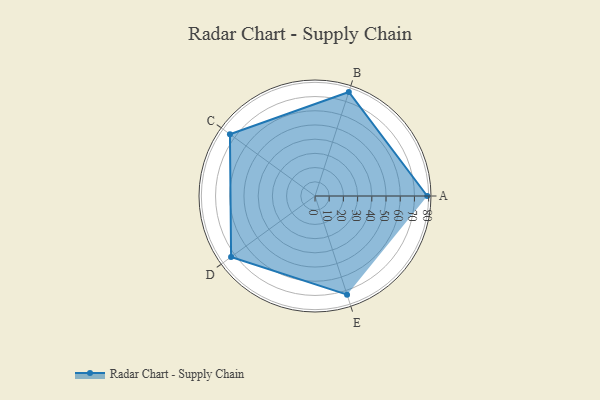
{"axis": {"x": "Skill", "y": "Score"}, "legend": ["Profile"], "data": [{"x": "A", "y": 79.0, "type": "Profile"}, {"x": "B", "y": 77.0, "type": "Profile"}, {"x": "C", "y": 74.0, "type": "Profile"}, {"x": "D", "y": 73.0, "type": "Profile"}, {"x": "E", "y": 73.0, "type": "Profile"}]}